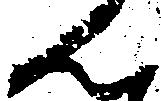
ん